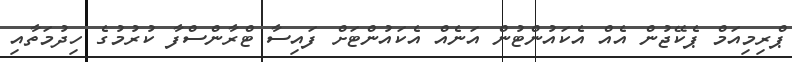
ޕްރިމިއަމް ޕެކޭޖުން އެއް އެކައުންޓުން އަނެއް އެކައުންޓަށް ފައިސާ ޓްރާންސްފާ ކުރުމުގެ ހިދުމަތާއި